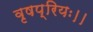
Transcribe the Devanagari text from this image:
वृषप्रियः।।